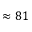
\approx 8 1